Report on horse surra - Volume II, Part II
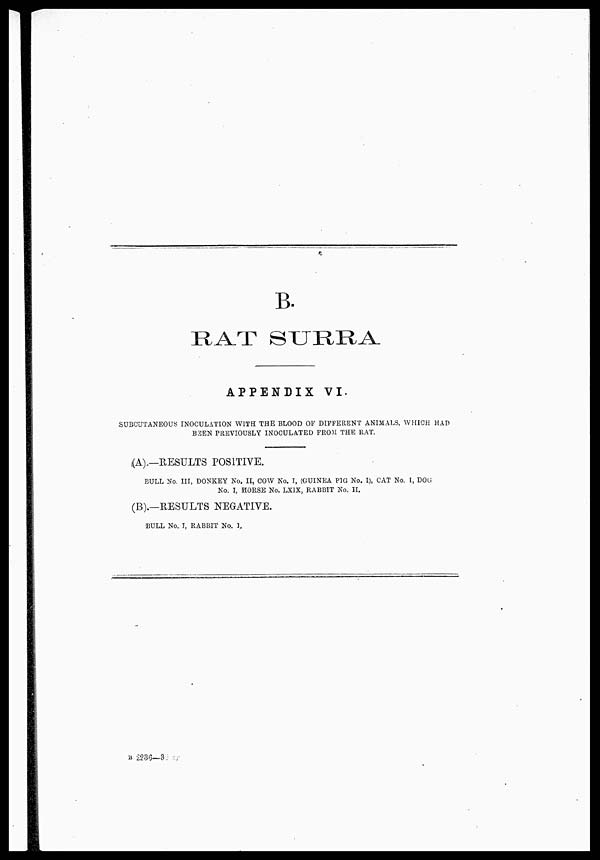
B.
RAT SURRA
APPENDIX VI.
SUBCUTANEOUS INOCULATION WITH THE BLOOD OF DIFFERENT ANIMALS, WHICH HAD
BEEN PREVIOUSLY INOCULATED FROM THE RAT.
(A). — RESULTS POSITIVE.
BULL No. III, DONKEY No. II, COW No. I, (GUINEA PIG. No. I), CAT No. I, DOG
No. I, HORSE No. LXIX, RABBIT No. II.
(B).—RESULTS NEGATIVE.
BULL No. I, RABBIT No. 1.
B 2236—3